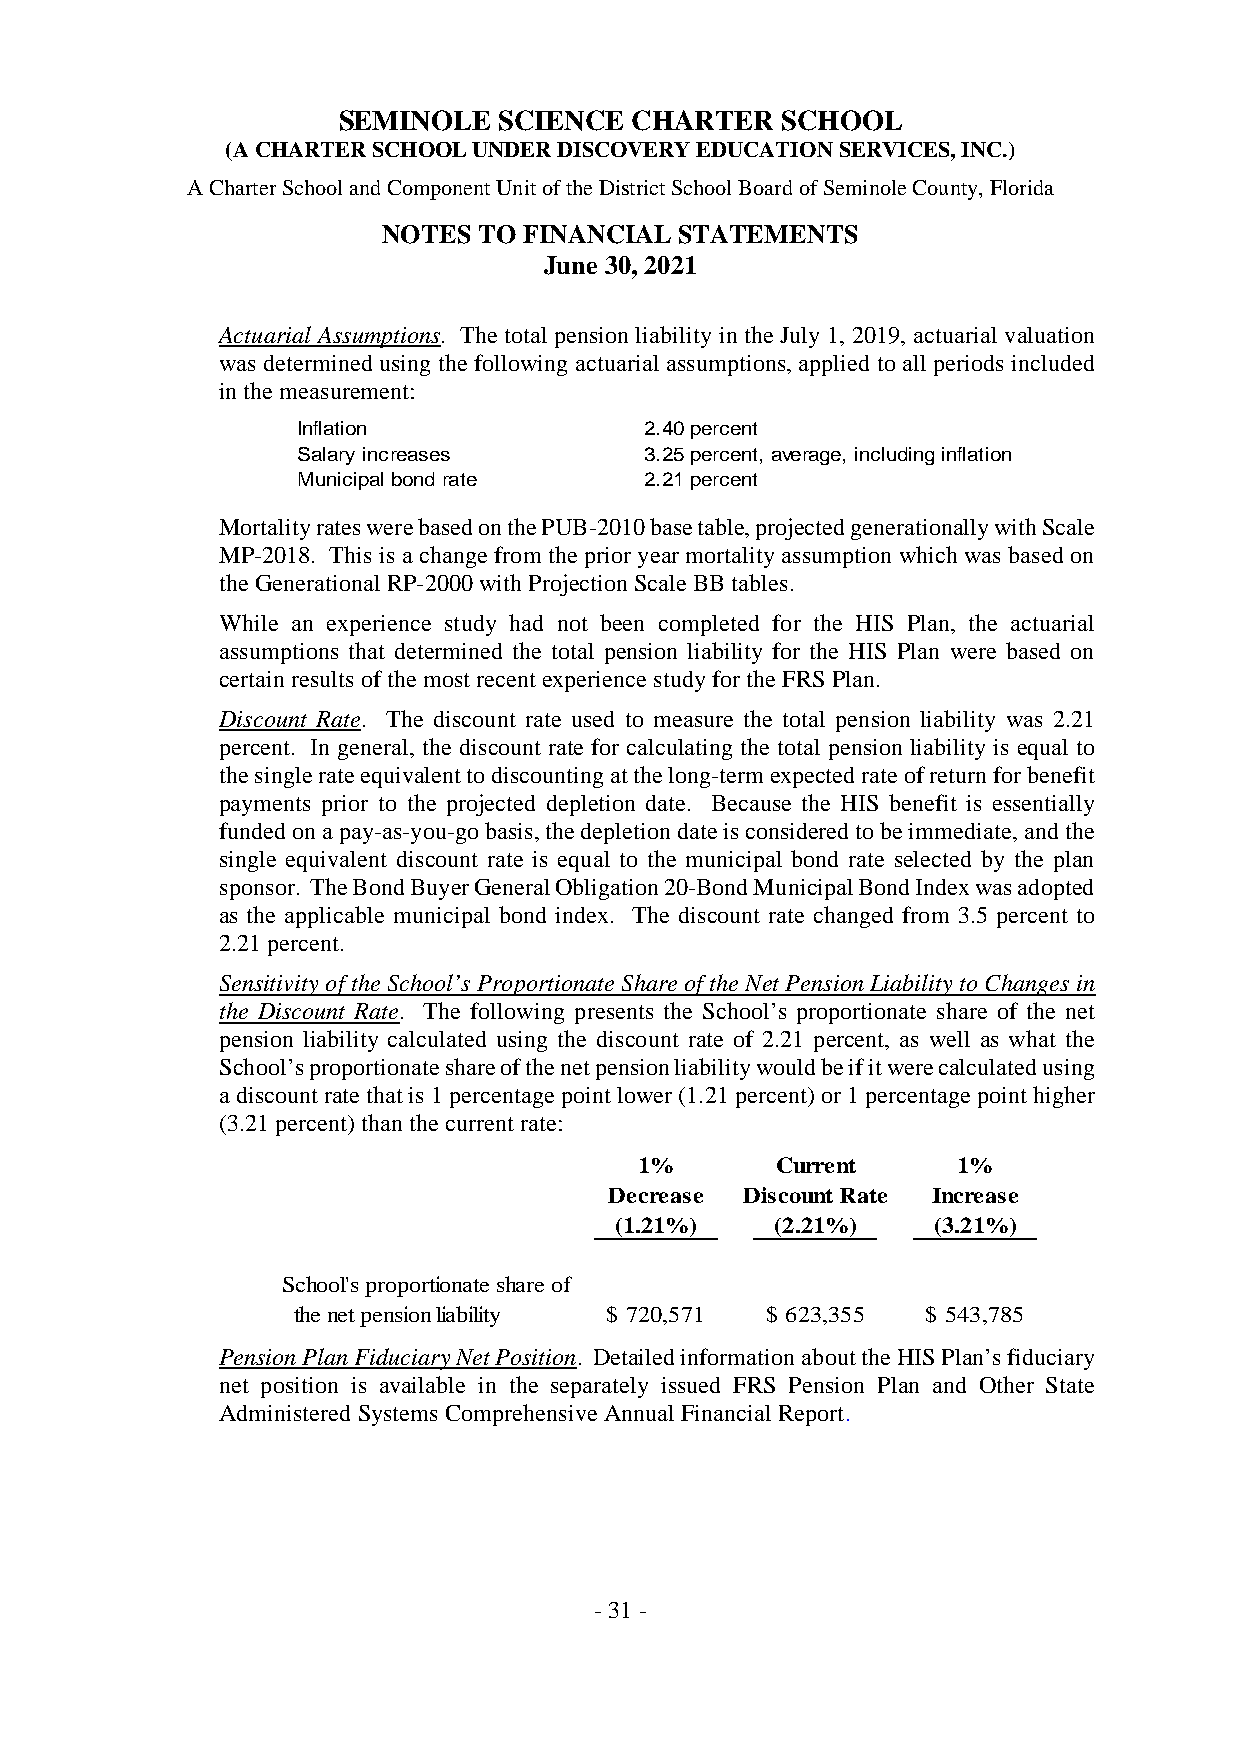
SEMINOLE   SCIENCE  CHARTER   SCHOOL
 (ACHARTERSCHOOLUNDERDISCOVERYEDUCATIONSERVICES,INC.)
 ACharterSchoolandComponentUnitoftheDistrictSchoolBoardofSeminoleCounty,Florida
 NOTES  TO FINANCIAL STATEMENTS
 June 30, 2021
 Actuarial Assumptions. The total pension liability in the July 1, 2019, actuarial valuation
 was determined using the following actuarial assumptions, applied to all periods included
 inthemeasurement:
 Inflation              2.40percent
 Salary increases       3.25percent, average, includinginflation
 Municipal bondrate     2.21percent
 MortalityrateswerebasedonthePUB-2010basetable,projectedgenerationallywithScale
 MP-2018. This is achangefrom theprioryear mortality assumption which was based on
 theGenerationalRP-2000withProjectionScaleBB tables.
 While an experience study had not been completed for the HIS Plan, the actuarial
 assumptions that determined the total pension liability for the HIS Plan were based on
 certainresultsofthemostrecentexperiencestudy fortheFRSPlan.
 Discount Rate. The discount rate used to measure the total pension liability was 2.21
 percent. In general, the discount rate for calculating the total pension liability is equal to
 thesinglerateequivalenttodiscountingatthelong-termexpectedrateofreturnforbenefit
 payments prior to the projected depletion date. Because the HIS benefit is essentially
 fundedonapay-as-you-gobasis,thedepletiondateisconsideredtobeimmediate,andthe
 single equivalent discount rate is equal to the municipal bond rate selected by the plan
 sponsor. TheBondBuyerGeneralObligation20-BondMunicipalBondIndexwasadopted
 as the applicable municipal bond index. The discount rate changed from 3.5 percent to
 2.21percent.
 Sensitivityof theSchool’s ProportionateShareoftheNet Pension Liabilityto Changes in
 the Discount Rate. The following presents the School’s proportionate share of the net
 pension liability calculated using the discount rate of 2.21 percent, as well as what the
 School’sproportionateshareofthenetpensionliabilitywouldbeifitwerecalculatedusing
 adiscountratethatis 1percentagepointlower(1.21percent)or1percentagepointhigher
 (3.21percent)thanthecurrentrate:
 1%       Current     1%
 Decrease DiscountRate Increase
 (1.21%)   (2.21%)    (3.21%)
 School'sproportionateshareof
 thenetpensionliability $ 720,571 $ 623,355 $ 543,785
 PensionPlanFiduciaryNetPosition. DetailedinformationabouttheHISPlan’sfiduciary
 net position is available in the separately issued FRS Pension Plan and Other State
 AdministeredSystemsComprehensiveAnnualFinancialReport.
 -31-